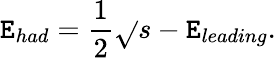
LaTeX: \mathtt{E}_{had}=\frac{{1}}{{2}}\sqrt{}{{s}}-\mathtt{E}_{leading}.